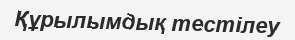
Құрылымдық тестілеу